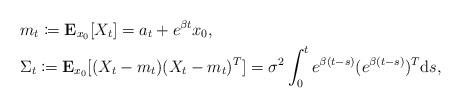
LaTeX: \begin{align*} & m_{t}\coloneqq\mathbf{E}_{x_{0}}[X_{t}]=a_{t}+e^{\beta t}x_{0},\\ & \Sigma_{t}\coloneqq\mathbf{E}_{x_{0}}[(X_{t}-m_{t})(X_{t}-m_{t})^{T}]=\sigma^{2}\int_{0}^{t}e^{\beta(t-s)}(e^{\beta(t-s)})^{T}\mathrm{d}s,\end{align*}